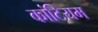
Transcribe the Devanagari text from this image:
कांटियम